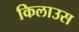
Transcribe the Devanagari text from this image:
किलाउस